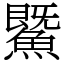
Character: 鱀